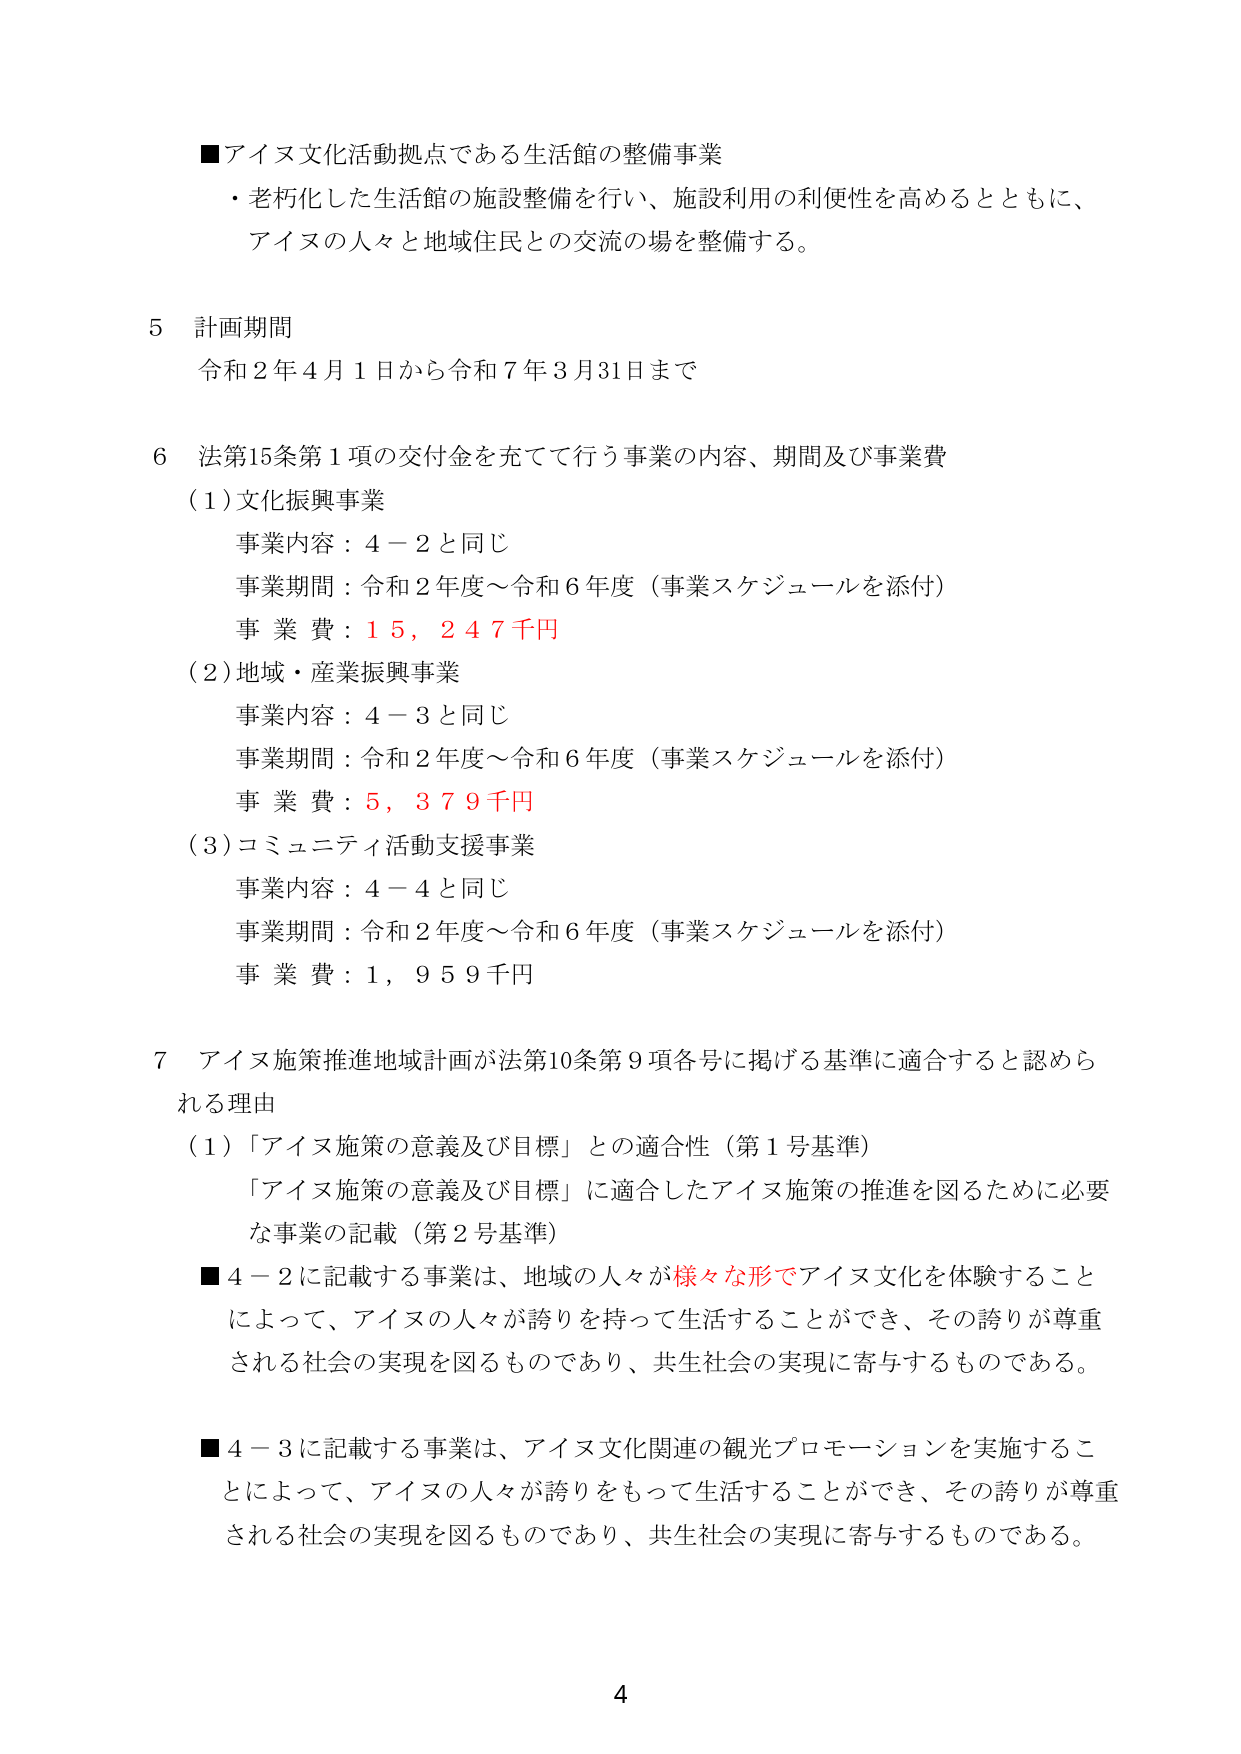
■アイヌ文化活動拠点である生活館の整備事業
・老朽化した生活館の施設整備を行い、施設利用の利便性を高めるとともに、
アイヌの人々と地域住民との交流の場を整備する。

5 計画期間
令和2年4月1日から令和7年3月31日まで

6 法第15条第1項の交付金を充てて行う事業の内容、期間及び事業費
（1）文化振興事業
　事業内容：4－2と同じ
　事業期間：令和2年度～令和6年度（事業スケジュールを添付）
　事業費：15,247千円
（2）地域・産業振興事業
　事業内容：4－3と同じ
　事業期間：令和2年度～令和6年度（事業スケジュールを添付）
　事業費：5,379千円
（3）コミュニティ活動支援事業
　事業内容：4－4と同じ
　事業期間：令和2年度～令和6年度（事業スケジュールを添付）
　事業費：1,959千円

7 アイヌ施策推進地域計画が法第10条第9項各号に掲げる基準に適合すると認められる理由
（1）「アイヌ施策の意義及び目標」との適合性（第1号基準）
　「アイヌ施策の意義及び目標」に適合したアイヌ施策の推進を図るために必要な事業の記載（第2号基準）
■4－2に記載する事業は、地域の人々が様々な形でアイヌ文化を体験することによって、アイヌの人々が誇りを持って生活することができ、その誇りが尊重される社会の実現を図るものであり、共生社会の実現に寄与するものである。
■4－3に記載する事業は、アイヌ文化関連の観光プロモーションを実施することによって、アイヌの人々が誇りをもって生活することができ、その誇りが尊重される社会の実現を図るものであり、共生社会の実現に寄与するものである。

4